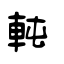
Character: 軘